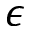
\epsilon